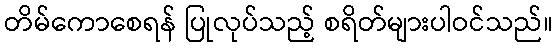
တိမ်ကောစေရန် ပြုလုပ်သည့် စရိတ်များပါဝင်သည်။